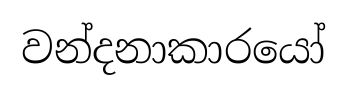
වන්දනාකාරයෝ